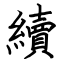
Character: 續